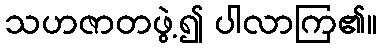
သဟဇာတဖွဲ့၍ ပါလာကြ၏။